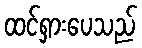
ထင်ရှားပေသည်